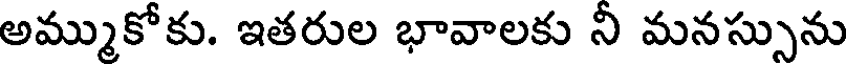
అమ్ముకోకు. ఇతరుల భావాలకు నీ మనస్సును